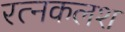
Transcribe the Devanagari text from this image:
रत्‍नकलश